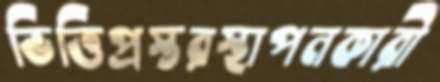
ভিত্তিপ্রস্তরস্থাপনকারী